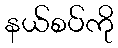
နယ်စပ်ကို